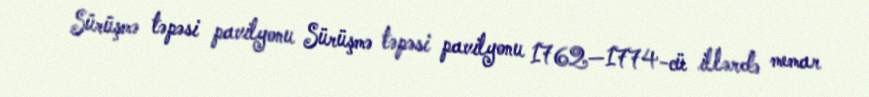
Sürüşmə təpəsi pavilyonu Sürüşmə təpəsi pavilyonu 1762—1774-cü illərdə memar